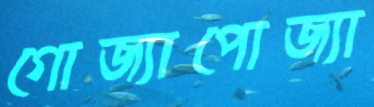
গোজ্যাপোজ্যা